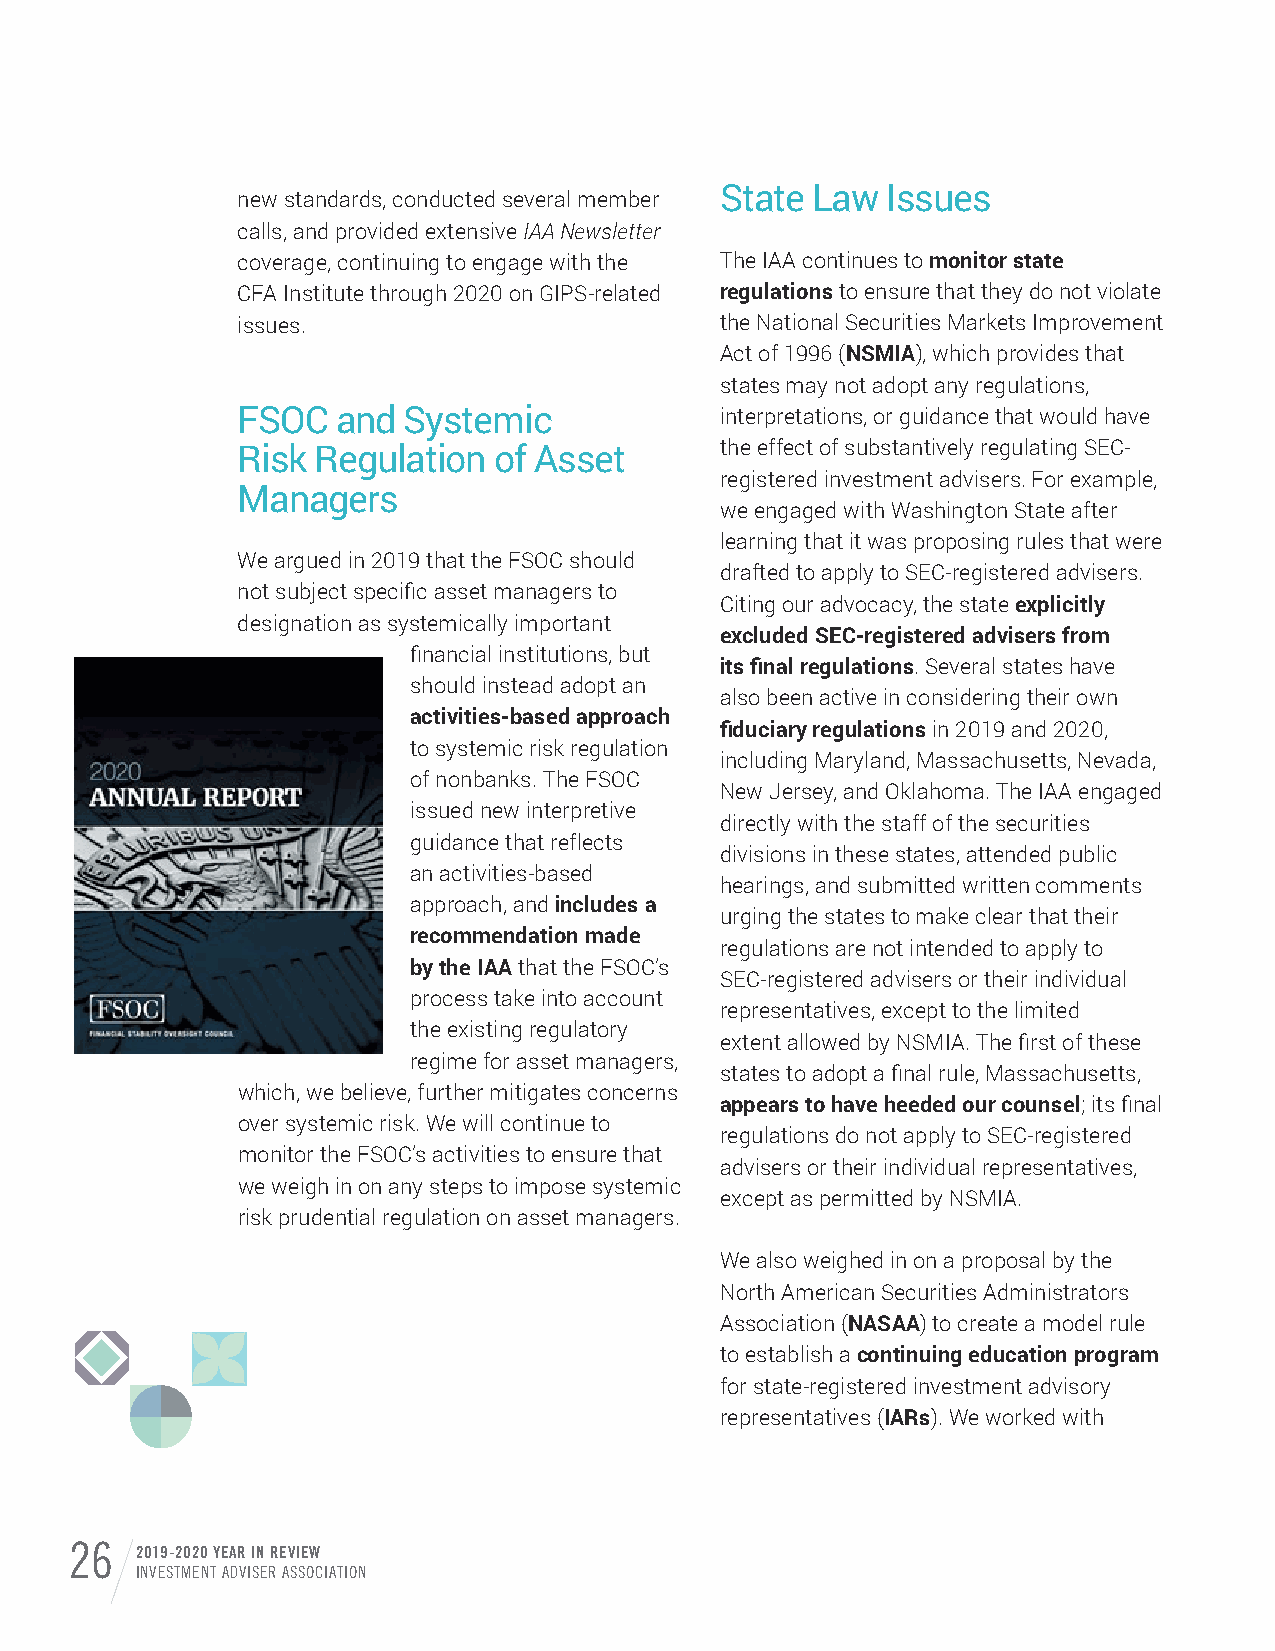
State Law  Issues
 new standards, conducted several member
 calls, and provided extensive IAA Newsletter
 coverage, continuing to engage with the The IAA continues to monitor state
 CFA Institute through 2020 on GIPS-related regulations to ensure that they do not violate
 issues.                         the National Securities Markets Improvement
 Act of 1996 (NSMIA), which provides that
 states may not adopt any regulations,
 FSOC  and  Systemic             interpretations, or guidance that would have
 Risk Regulation  of Asset       the effect of substantively regulating SEC-
 registered investment advisers. For example,
 Managers
 we engaged with Washington State after
 learning that it was proposing rules that were
 We argued in 2019 that the FSOC should
 drafted to apply to SEC-registered advisers.
 not subject specific asset managers to
 Citing our advocacy, the state explicitly
 designation as systemically important
 excluded SEC-registered advisers from
 financial institutions, but
 its final regulations. Several states have
 should instead adopt an
 also been active in considering their own
 activities-based approach
 fiduciary regulations in 2019 and 2020,
 to systemic risk regulation
 including Maryland, Massachusetts, Nevada,
 of nonbanks. The FSOC
 New Jersey, and Oklahoma. The IAA engaged
 issued new interpretive
 directly with the staff of the securities
 guidance that reflects
 divisions in these states, attended public
 an activities-based
 hearings, and submitted written comments
 approach, and includes a
 urging the states to make clear that their
 recommendation made
 regulations are not intended to apply to
 by the IAA that the FSOC’s
 SEC-registered advisers or their individual
 process take into account
 representatives, except to the limited
 the existing regulatory
 extent allowed by NSMIA. The first of these
 regime for asset managers,
 states to adopt a final rule, Massachusetts,
 which, we believe, further mitigates concerns
 appears to have heeded our counsel; its final
 over systemic risk. We will continue to
 regulations do not apply to SEC-registered
 monitor the FSOC’s activities to ensure that
 advisers or their individual representatives,
 we weigh in on any steps to impose systemic
 except as permitted by NSMIA.
 risk prudential regulation on asset managers.
 We also weighed in on a proposal by the
 North American Securities Administrators
 Association (NASAA) to create a model rule
 to establish a continuing education program
 for state-registered investment advisory
 representatives (IARs). We worked with
 26  2019-2020 YEAR IN REVIEW
 INVESTMENT ADVISER ASSOCIATION